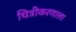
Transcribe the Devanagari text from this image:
चित्रीकरणाला